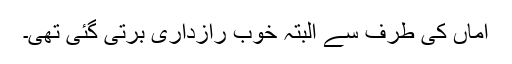
اماں کی طرف سے البتہ خوب رازداری برتی گئی تھی۔